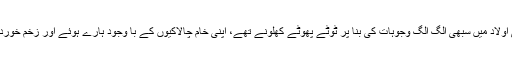
اس کی اولاد میں سبھی الگ الگ وجوہات کی بنا پر ٹوٹے پھوٹے کھلونے تھے، اپنی خام چالاکیوں کے با وجود ہارے ہوئے اور زخم خوردہ تھے۔